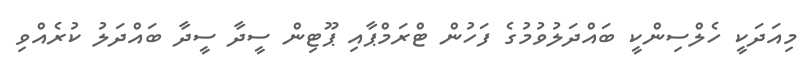
މިއަދަކީ ހެލްސިންކީ ބައްދަލުވުމުގެ ފަހުން ޓްރަމްޕާއި ޕޫޓިން ސީދާ ސީދާ ބައްދަލު ކުރެއްވި